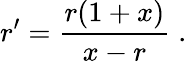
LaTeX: r^{\prime}=\frac{r(1+x)}{x-r}\; .